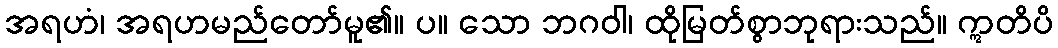
အရဟံ၊ အရဟမည်တော်မူ၏။ ပ။ သော ဘဂဝါ၊ ထိုမြတ်စွာဘုရားသည်။ ဣတိပိ